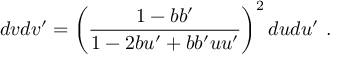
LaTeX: d v d v ^ { \prime } = \left( \frac { 1 - b b ^ { \prime } } { 1 - 2 b u ^ { \prime } + b b ^ { \prime } u u ^ { \prime } } \right) ^ { 2 } d u d u ^ { \prime } ~ .